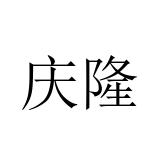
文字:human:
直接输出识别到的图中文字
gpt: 庆隆